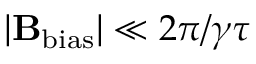
| \mathbf { B } _ { \mathrm { b i a s } } | \ll 2 \pi / \gamma \tau